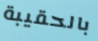
بالحقيبة